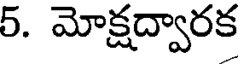
5. మోక్షద్వారక